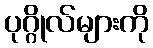
ပုဂ္ဂိုလ်များကို